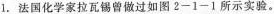
1.法国化学家拉瓦锡曾做过如图2-1-1所示实验。